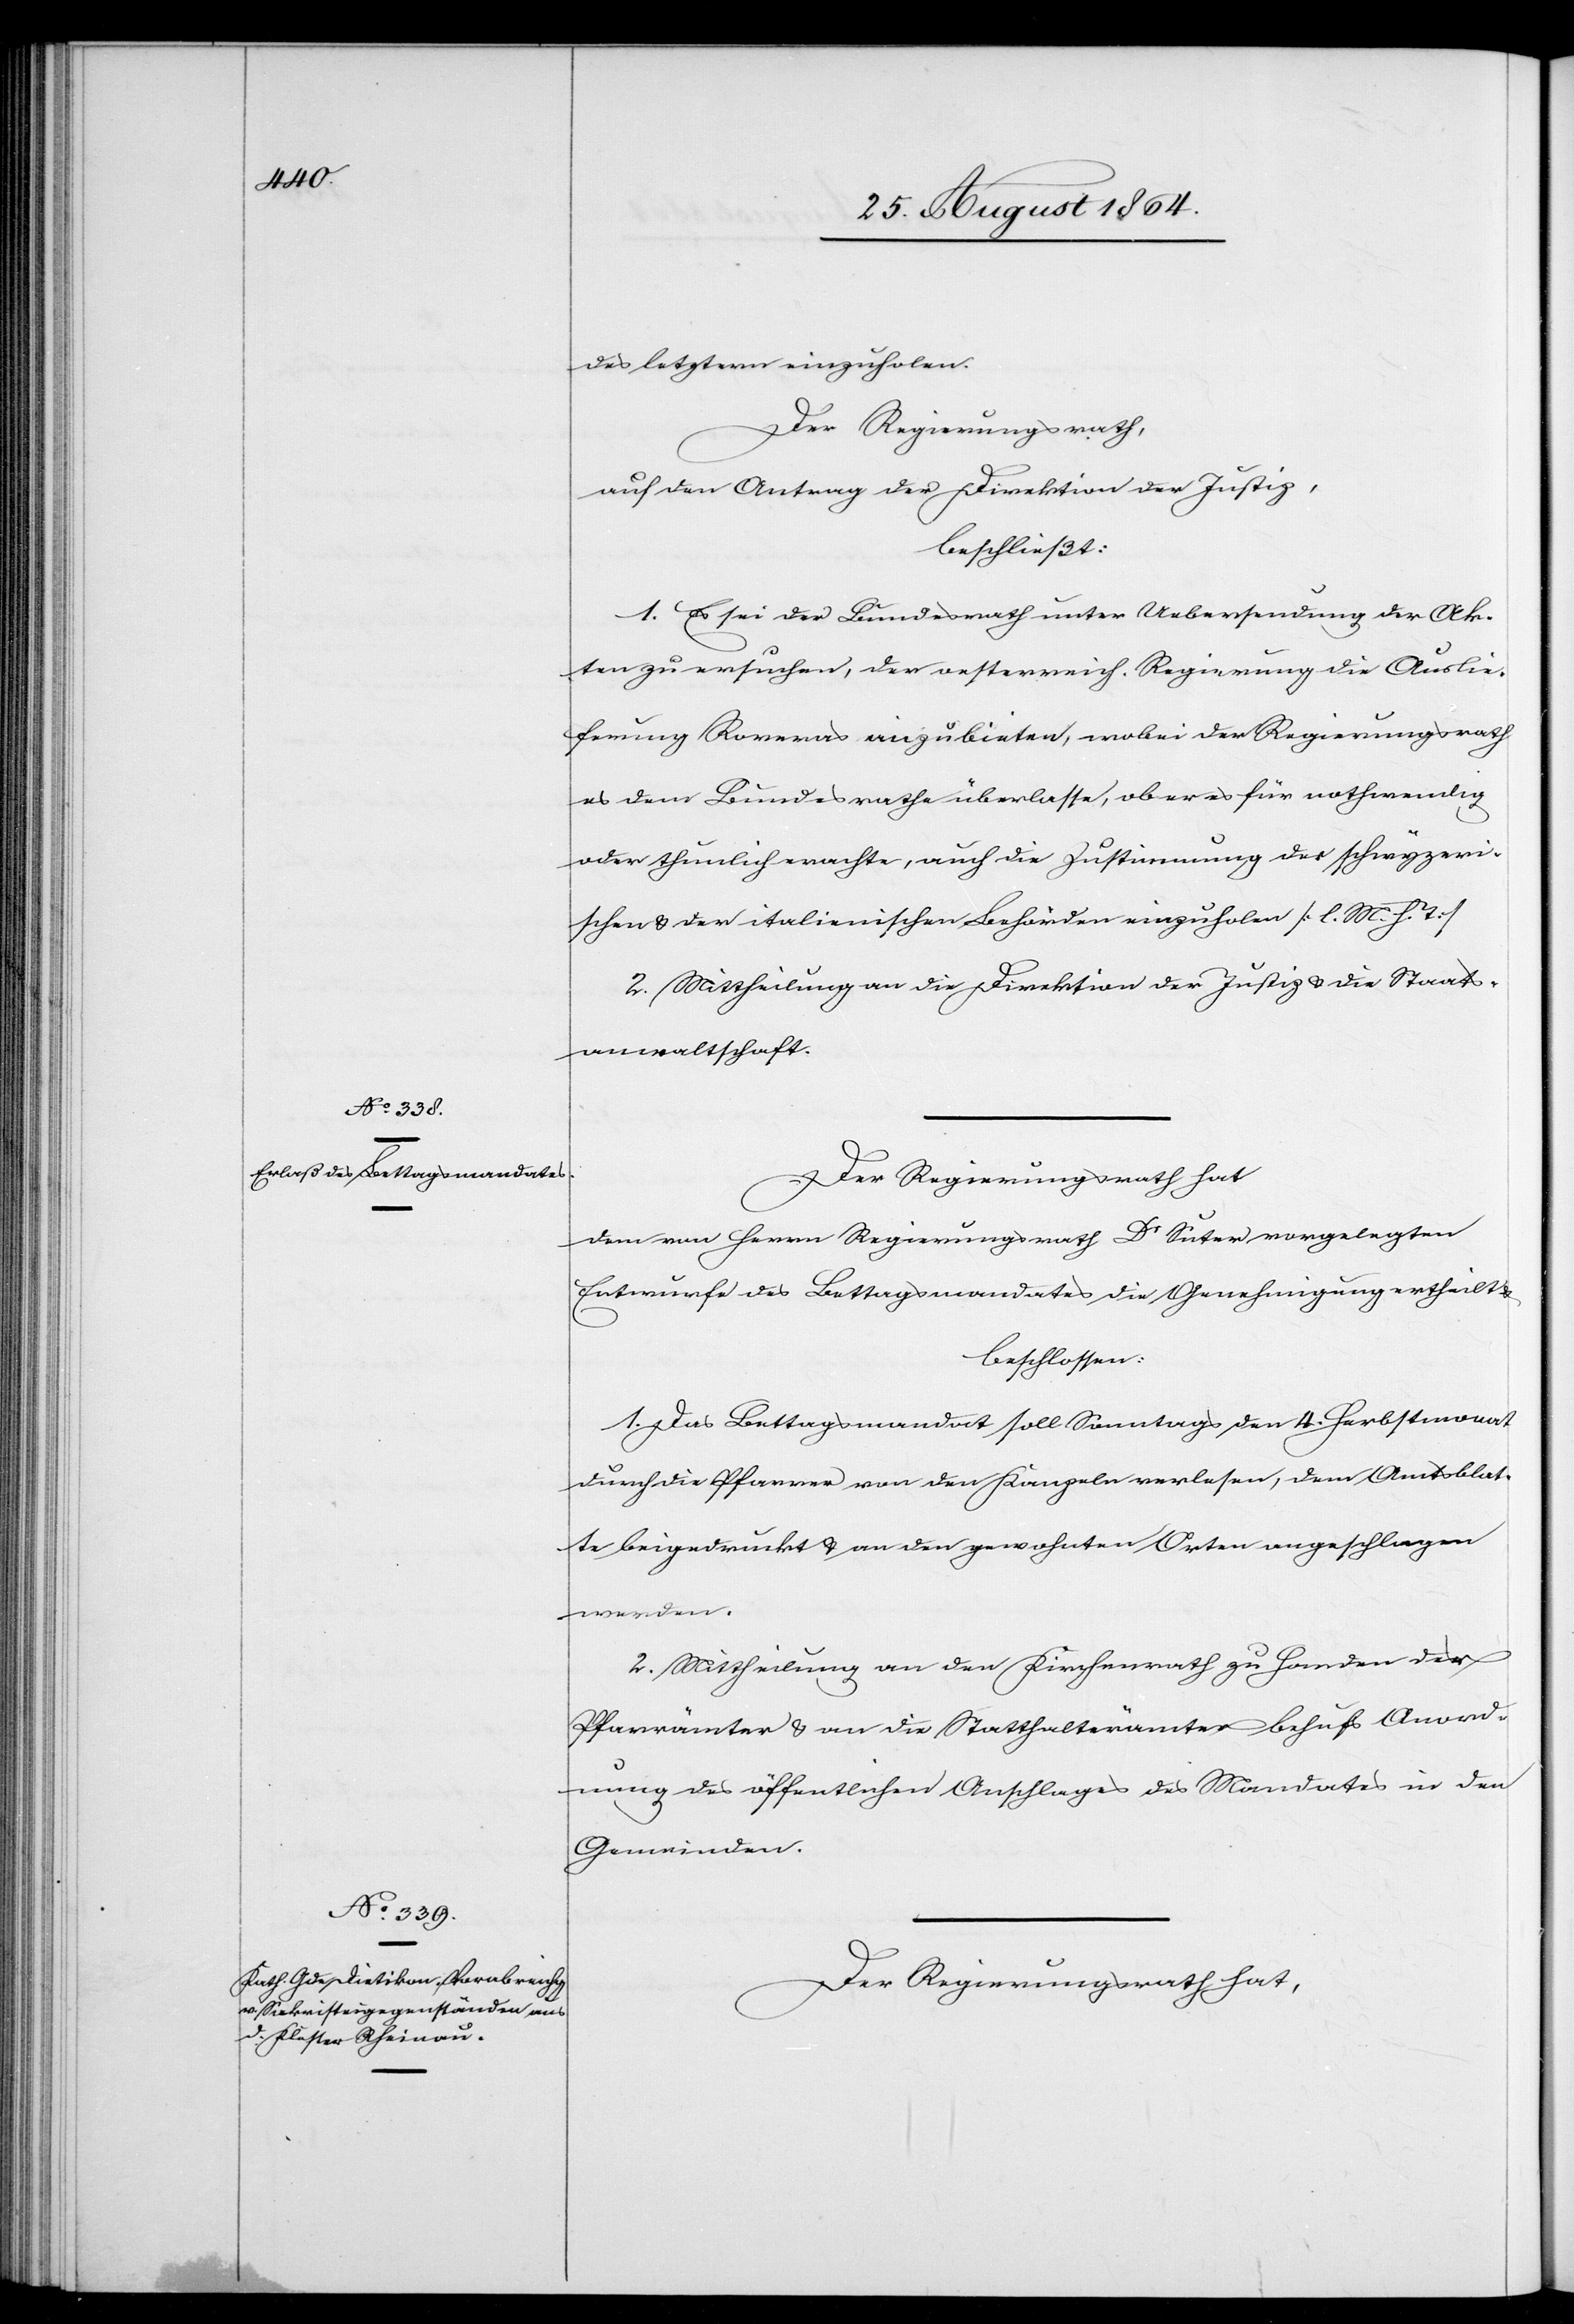
des letztern einzuholen.
Der Regierungsrath,
auf den Antrag der Direktion der Justiz,
beschließt:
1. Es sei der Bundesrath unter Uebersendung der Ak¬
ten zu ersuchen, der oesterreich. Regierung die Auslie¬
ferung Roveras anzubieten, wobei der Regierungsrath
es dem Bundesrathe überlasse, ob er es für nothwendig
oder thunlich erachte, auch die Zustimmung der schwyzeri¬
schen & der italienischen Behörden einzuholen [l. M. h. T.]
2. Mittheilung an die Direktion der Justiz & die Staats¬
anwaltschaft.
Der Regierungsrath hat
dem von Herrn Regierungsrath Dr Suter vorgelegten
Entwurfe des Bettagsmandates die Genehmigung ertheilt &
beschlossen:
1. Das Bettagsmandat soll Sonntags den 4. Herbstmonat
durch die Pfarrer von den Kanzeln verlesen, dem Amtsblat¬
te beigedruckt & an den gewohnten Orten angeschlagen
werden.
2. Mittheilung an den Kirchenrath zu Handen der
Pfarrämter & an die Statthalterämter behufs Anord¬
nung des öffentlichen Anschlages des Mandates in den
Gemeinden.
Der Regierungsrath hat,